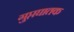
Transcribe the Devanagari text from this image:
गुप्तघातक